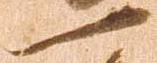
一